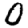
Digit: 0